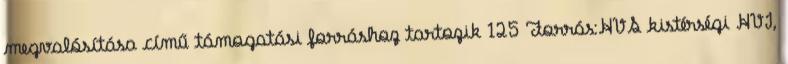
megvalósítása című támogatási forráshoz tartozik 125 Forrás:HVS kistérségi HVI,